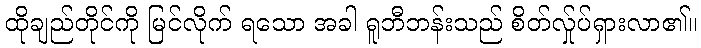
ထိုချည်တိုင်ကို မြင်လိုက် ရသော အခါ ရူဘီဘန်းသည် စိတ်လ်ှုပ်ရှားလာ၏။